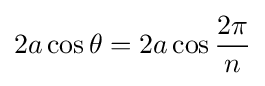
2a\cos {\theta }=2a\cos {\frac {2\pi }{n}}